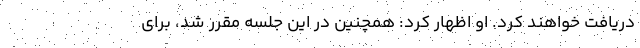
دریافت خواهند کرد. او اظهار کرد: همچنین در این جلسه مقرر شد، برای